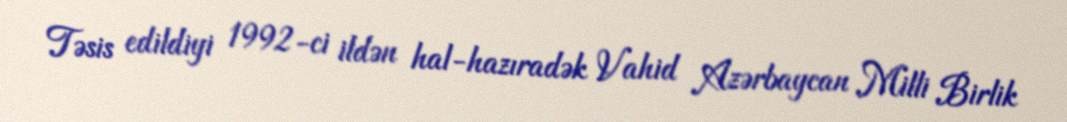
Təsis edildiyi 1992-ci ildən hal-hazıradək Vahid Azərbaycan Milli Birlik